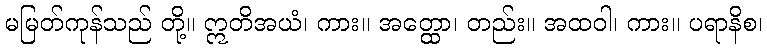
မမြတ်ကုန်သည် တို့။ ဣတိအယံ၊ ကား။ အတ္ထော၊ တည်း။ အထဝါ၊ ကား။ ပရာနိစ၊